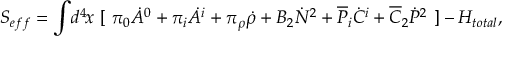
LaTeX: S _ { e f f } = \int \! d ^ { 4 } \! x ~ [ ~ \pi _ { 0 } \dot { A } ^ { 0 } + \pi _ { i } \dot { A } ^ { i } + \pi _ { \rho } \dot { \rho } + B _ { 2 } \dot { N } ^ { 2 } + \overline { { { \cal P } } } _ { i } \dot { \cal C } ^ { i } + \overline { { { \cal C } } } _ { 2 } \dot { \cal P } ^ { 2 } ~ ] - H _ { t o t a l } ,